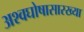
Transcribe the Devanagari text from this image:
अश्वघोषासारख्या